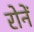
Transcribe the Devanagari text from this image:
रोनें